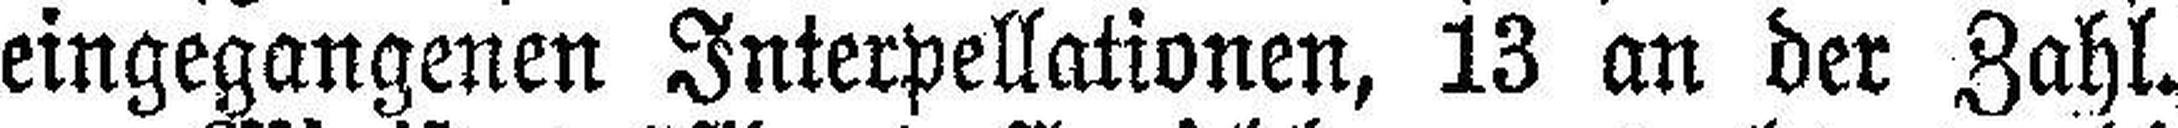
eingegangenen Interpellationen, 13 an der Zahl.